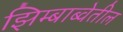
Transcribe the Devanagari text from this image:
झिम्बाब्वेतील